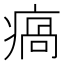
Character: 瘑